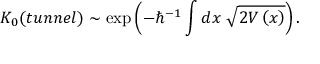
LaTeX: K _ { 0 } ( t u n n e l ) \sim \mathrm { e x p } \left( - \hbar ^ { - 1 } \int d x \; \sqrt { 2 V \left( x \right) } \right) .